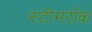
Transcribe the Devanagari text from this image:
स्टीमरॉक